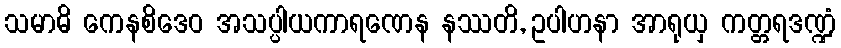
သမာဓိ ကေနစိဒေဝ အသပ္ပါယကာရဏေန နဿတိ, ဥပါဟနာ အာရုယှ ကတ္တရဒဏ္ဍံ